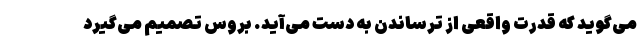
می‌گوید که قدرت واقعی از ترساندن به دست می‌آید. بروس تصمیم می‌گیرد